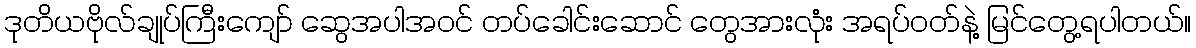
ဒုတိယဗိုလ်ချုပ်ကြီးကျော် ဆွေအပါအဝင် တပ်ခေါင်းဆောင် တွေအားလုံး အရပ်ဝတ်နဲ့ မြင်တွေ့ရပါတယ်။